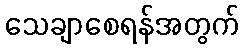
သေချာစေရန်အတွက်